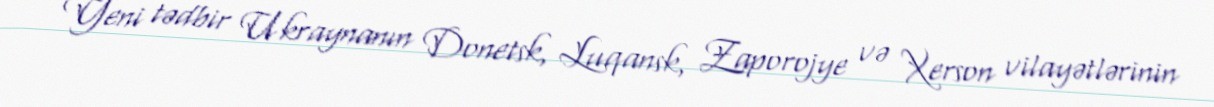
Yeni tədbir Ukraynanın Donetsk, Luqansk, Zaporojye və Xerson vilayətlərinin